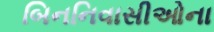
બિનનિવાસીઓના